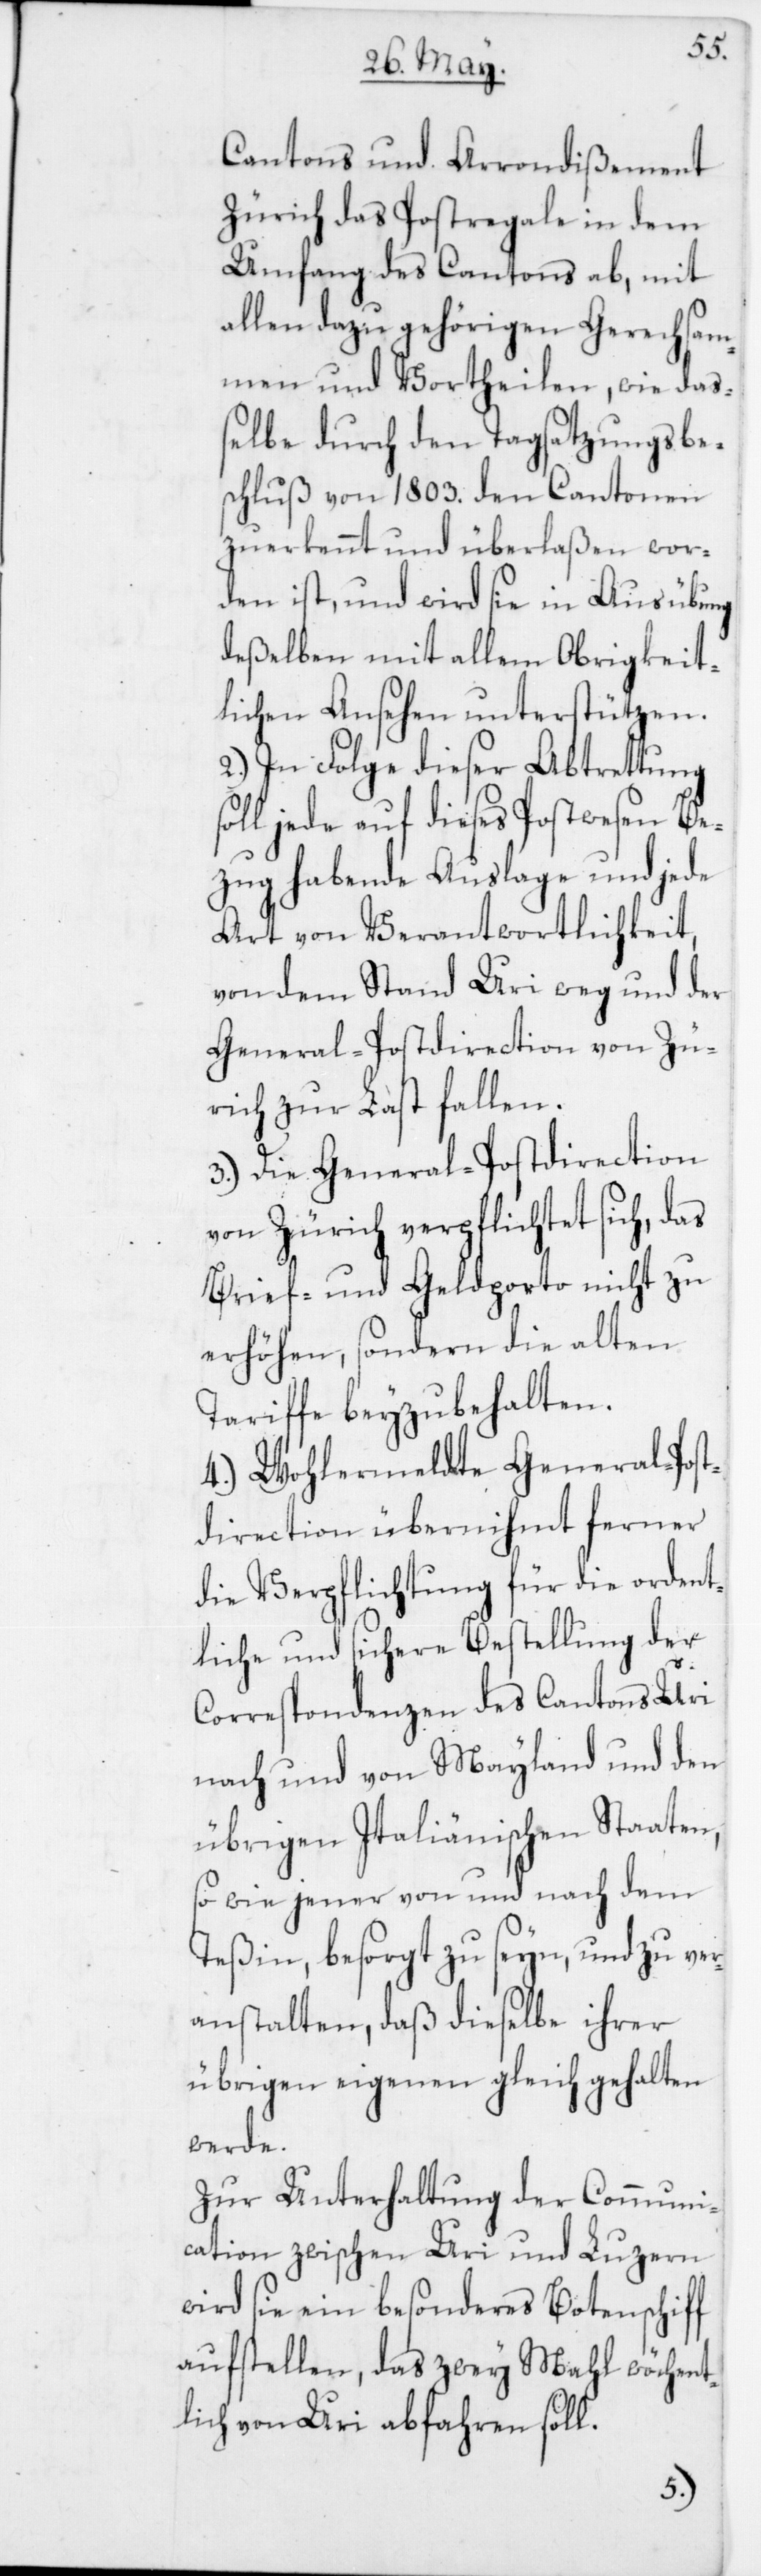
st¬
Cantons und Arrondißement
Zürich das Postregale in dem
Umfang des Cantons ab, mit
allen dazu gehörigen Gerechsa¬
men und Vortheilen, wie daß¬
elbe durch den Tagsatzungsbe¬
schluß von 1803 den Cantonen
zuerkennt und überlaßen wor¬
den ist, und wird sie in Ausübung
deßelben mit allem Obrigkeit¬
lichen Ansehen unterstützen.
2. In Folge dieser Abtrettung
soll jede auf dieses Postwesen Be¬
zug habende Auslage und jede
Art von Verantwortlichkeit,
von dem Stand Uri weg und der
General-Postdirection von Zü¬
rich zur Last fallen.
3. Die General-Postdirection
von Zürich verpflichtet sich, das
Brief- und Geldporto nicht zu
erhöhen, sondern die alten
Tariffe beyzubehalten.
4. Wohlermeldte General-Po¬
direction übernihmt ferner
die Verpflichtung für die ordent¬
liche und sichere Bestellung der
Correspondenzen des Cantons Uri
nach und von Mayland und den
übrigen Italiänischen Staaten,
sowie jener von und nach dem
Teßin, besorgt zu seyn, und zu ve¬
ranstalten, daß dieselbe ihrer
übrigen eigenen gleichgehalten
werde.
Zur Unterhaltung der Communi¬
cation zwischen Uri und Luzern
wird sie ein besonderes Botenschiff
aufstellen, das zwey Mahl wöchent¬
lich von Uri abfahren soll.